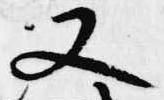
又